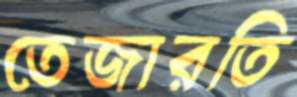
তেজারতি